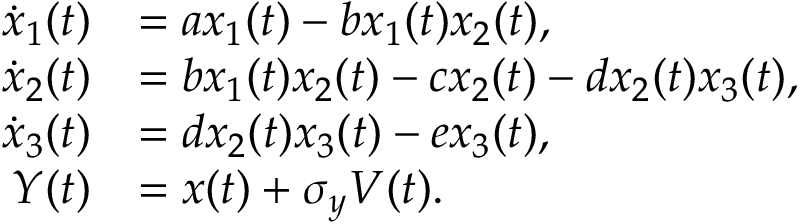
\begin{array} { r l } { \dot { x } _ { 1 } ( t ) } & { = a x _ { 1 } ( t ) - b x _ { 1 } ( t ) x _ { 2 } ( t ) , } \\ { \dot { x } _ { 2 } ( t ) } & { = b x _ { 1 } ( t ) x _ { 2 } ( t ) - c x _ { 2 } ( t ) - d x _ { 2 } ( t ) x _ { 3 } ( t ) , } \\ { \dot { x } _ { 3 } ( t ) } & { = d x _ { 2 } ( t ) x _ { 3 } ( t ) - e x _ { 3 } ( t ) , } \\ { Y ( t ) } & { = x ( t ) + \sigma _ { y } V ( t ) . } \end{array}